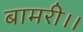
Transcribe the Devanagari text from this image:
बामरी।।